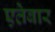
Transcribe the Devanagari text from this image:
एतेबार